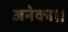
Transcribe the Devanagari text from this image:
अनेका।।